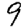
Digit: 9